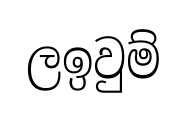
ලඉවුම්